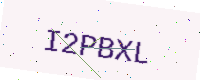
Text: I2PBXL